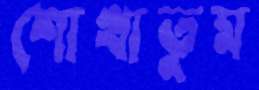
শোখাতুম